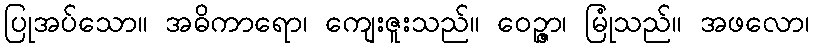
ပြုအပ်သော။ အဓိကာရော၊ ကျေးဇူးသည်။ ဝေဉ္ဇာ၊ မြုံသည်။ အဖလော၊